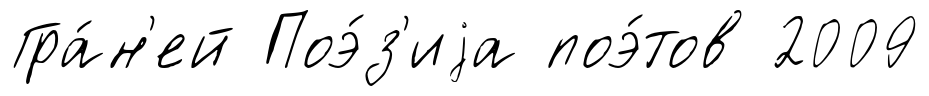
Гра́н'ей Поэ́з'иjа поэ́тов 2009